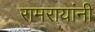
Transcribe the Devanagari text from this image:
रामरायांनी